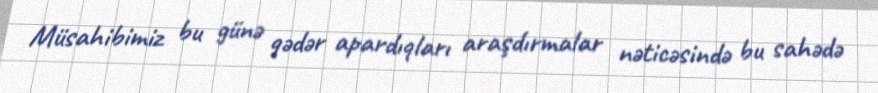
Müsahibimiz bu günə qədər apardıqları araşdırmalar nəticəsində bu sahədə